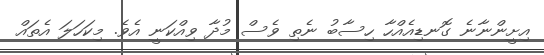
އިށީންނާނެ ގޮނޑިއެއްހާ ހިސާބު ނެތި ވެސް މުދާ ވިއްކަނީ އެވެ. މިކަހަލަ އެތައް